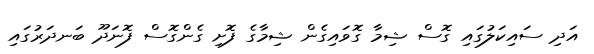
އަދި ސައިކަލުގައި ގޮސް ޝިމާ ގޮވައިގެން ޝިމާގެ ފޮށި ގެންގޮސް ފޮނަދޫ ބަނދަރުގައި